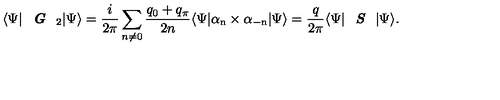
\langle \Psi | \textit { \textbf { G } } _ { 2 } | \Psi \rangle = \frac { i } { 2 \pi } \sum _ { n \neq 0 } \frac { q _ { 0 } + q _ { \pi } } { 2 n } \langle \Psi | \mathrm { \boldmath \alpha _ n \times \alpha _ { - n } } | \Psi \rangle = \frac { q } { 2 \pi } \langle \Psi | \textit { \textbf { S } } | \Psi \rangle .